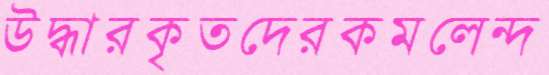
উদ্ধারকৃতদেরকমলেন্দ